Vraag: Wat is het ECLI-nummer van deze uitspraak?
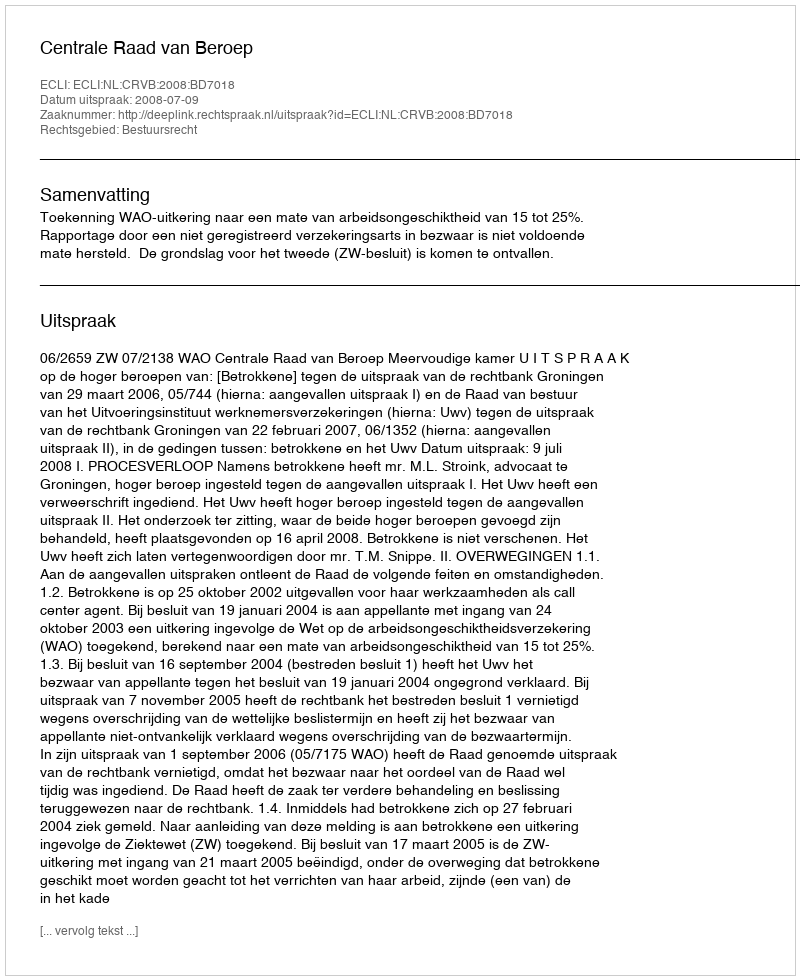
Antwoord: ECLI:NL:CRVB:2008:BD7018